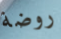
روضة